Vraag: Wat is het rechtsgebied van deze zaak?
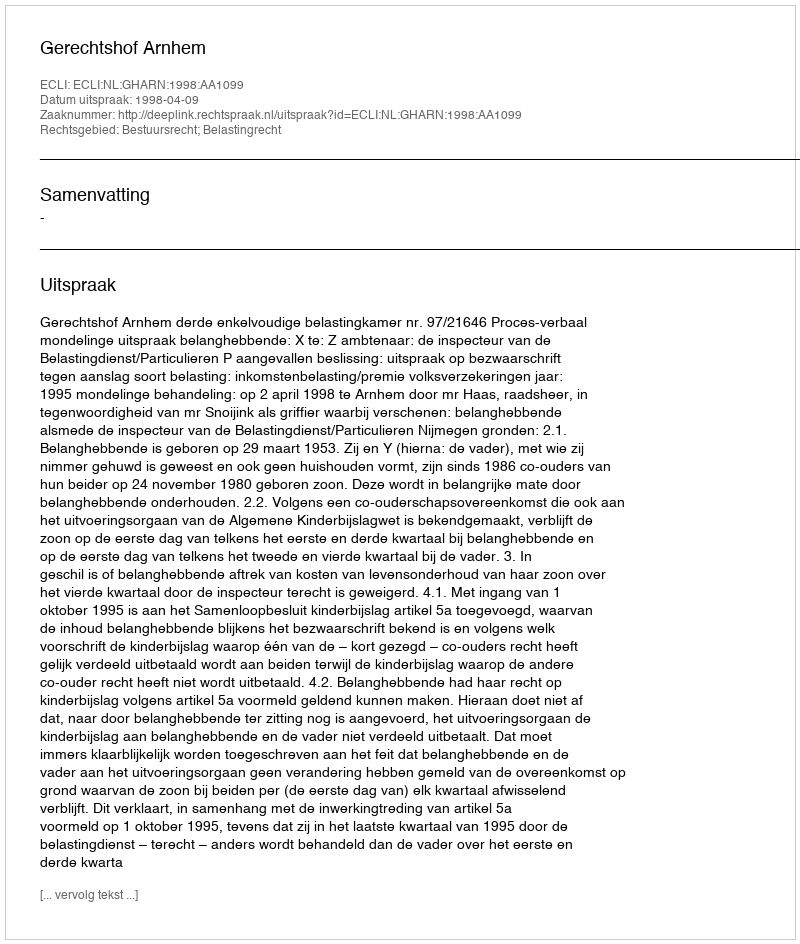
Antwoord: Bestuursrecht; Belastingrecht